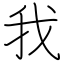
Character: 我